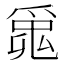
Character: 𤔞